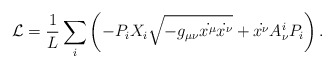
\begin{align*} \mathcal{L} = \frac{1}{L} \sum_i \left(-P_i X_i\sqrt{-g_{\mu \nu}\dot{x^{\mu}}\dot{ x^{\nu}}} + \dot{x^{\nu}} A^i_{\nu} P_i\right).\end{align*}